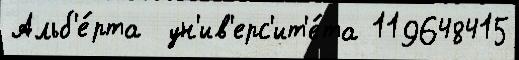
Альб'е́рта  ун'ив'ерс'ит'е́та 119648415